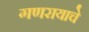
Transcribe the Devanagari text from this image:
गणरायाचे